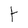
Character: t